Vaccination report Assam 1874-1896 - 1874-1896
Year: 1874
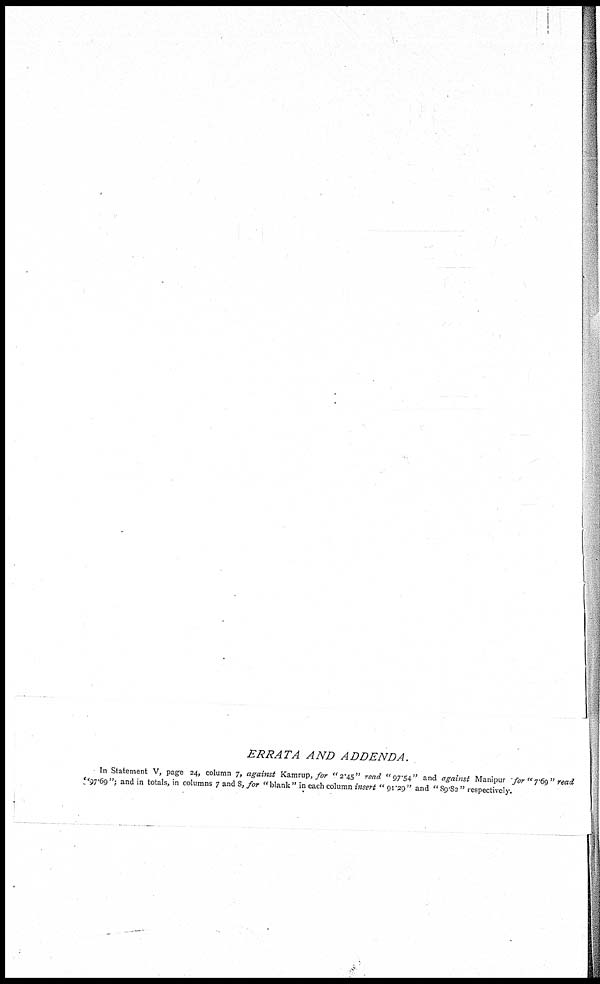
ERRATA AND ADDENDA.
In Statement V, page 24, column 7, against Kamrup, for "2.45" read "97.54" and against Manipur for "7.69" read
"97.69"; and in totals, in columns 7 and 8, for "blank" in each column insert " 91.29" and " 89.82 " respectively.